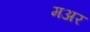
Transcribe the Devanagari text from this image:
मअर